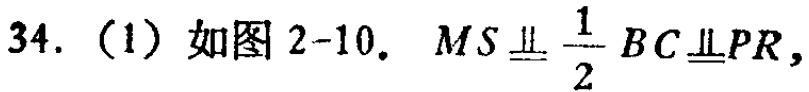
34.（1）如图2-10. \(MS\equalparallel\frac{1}{2}BC\equalparallel PR\)